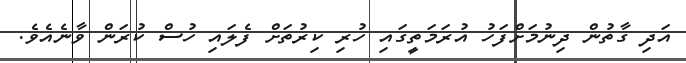
އަދި ގާތުން ދިނުމަށްފަހު އުރަމަތީގައި ހުރި ކިރުތަށް ފެލައި ހުސް ކުރަން ވާނެއެވެ.